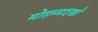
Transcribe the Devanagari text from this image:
मोहम्मदखाँ